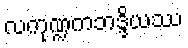
လကုဏ္ဍကဘဒ္ဒိယဿ